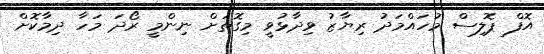
އޮފް ޕޮލިސް މުހައްމަދު ރިޔާޒު ވިދާޅުވީ މިގޮތަށް ނިންމީ ރޯދަ މަހާ ދިމާކޮށް